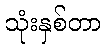
သုံးနှစ်တာ